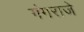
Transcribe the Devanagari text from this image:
गंगराजे